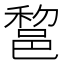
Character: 𨛫